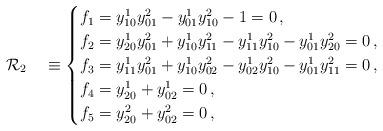
LaTeX: \begin{align*}\mathcal{R}_2\quad\equiv \begin{cases} f_1=y^1_{10}y^2_{01}-y^1_{01}y^2_{10}-1=0\,,\\ f_2=y^1_{20}y^2_{01}+y^1_{10}y^2_{11}-y^1_{11}y^2_{10}-y^1_{01}y^2_{20}=0\,,\\ f_3=y^1_{11}y^2_{01}+y^1_{10}y^2_{02}-y^1_{02}y^2_{10}-y^1_{01}y^2_{11}=0\,,\\ f_4=y^1_{20}+ y^1_{02}=0\,,\\ f_5=y^2_{20}+ y^2_{02}=0\,, \end{cases}\end{align*}